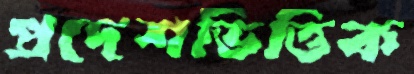
প্রদেশভিত্তিক